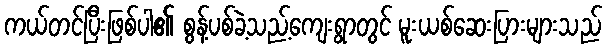
ကယ်တင်ပြီးဖြစ်ပါ၏ စွန့်ပစ်ခဲ့သည့်ကျေးရွာတွင် မူးယစ်ဆေးပြားများသည်